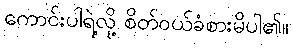
ကောင်းပါရဲ့လို့ စိတ်ဝယ်ခံစားမိပါ၏။